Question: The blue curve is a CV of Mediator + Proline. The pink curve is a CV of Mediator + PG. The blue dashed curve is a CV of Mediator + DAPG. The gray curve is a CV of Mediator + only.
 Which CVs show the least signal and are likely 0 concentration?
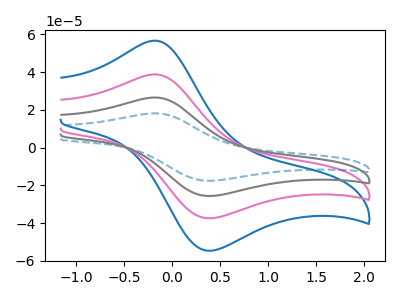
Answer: <think>The blue curve "Mediator + Proline" has an anodic peak at (-0.15V, 56.70uA) and a cathodic peak at (0.35V, -54.55uA). The pink curve "Mediator + PG" has an anodic peak at (-0.15V, 38.80uA) and a cathodic peak at (0.35V, -37.35uA). The blue dashed curve "Mediator + DAPG" has an anodic peak at (-0.15V, 116.45uA) and a cathodic peak at (0.35V, -112.00uA). The gray curve "Mediator + only" has an anodic peak at (-0.15V, 77.65uA) and a cathodic peak at (0.35V, -74.70uA).</think>
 <answer>There are not any CV's on this graph that are likely to be blanks.</answer>
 <eval>none</eval>